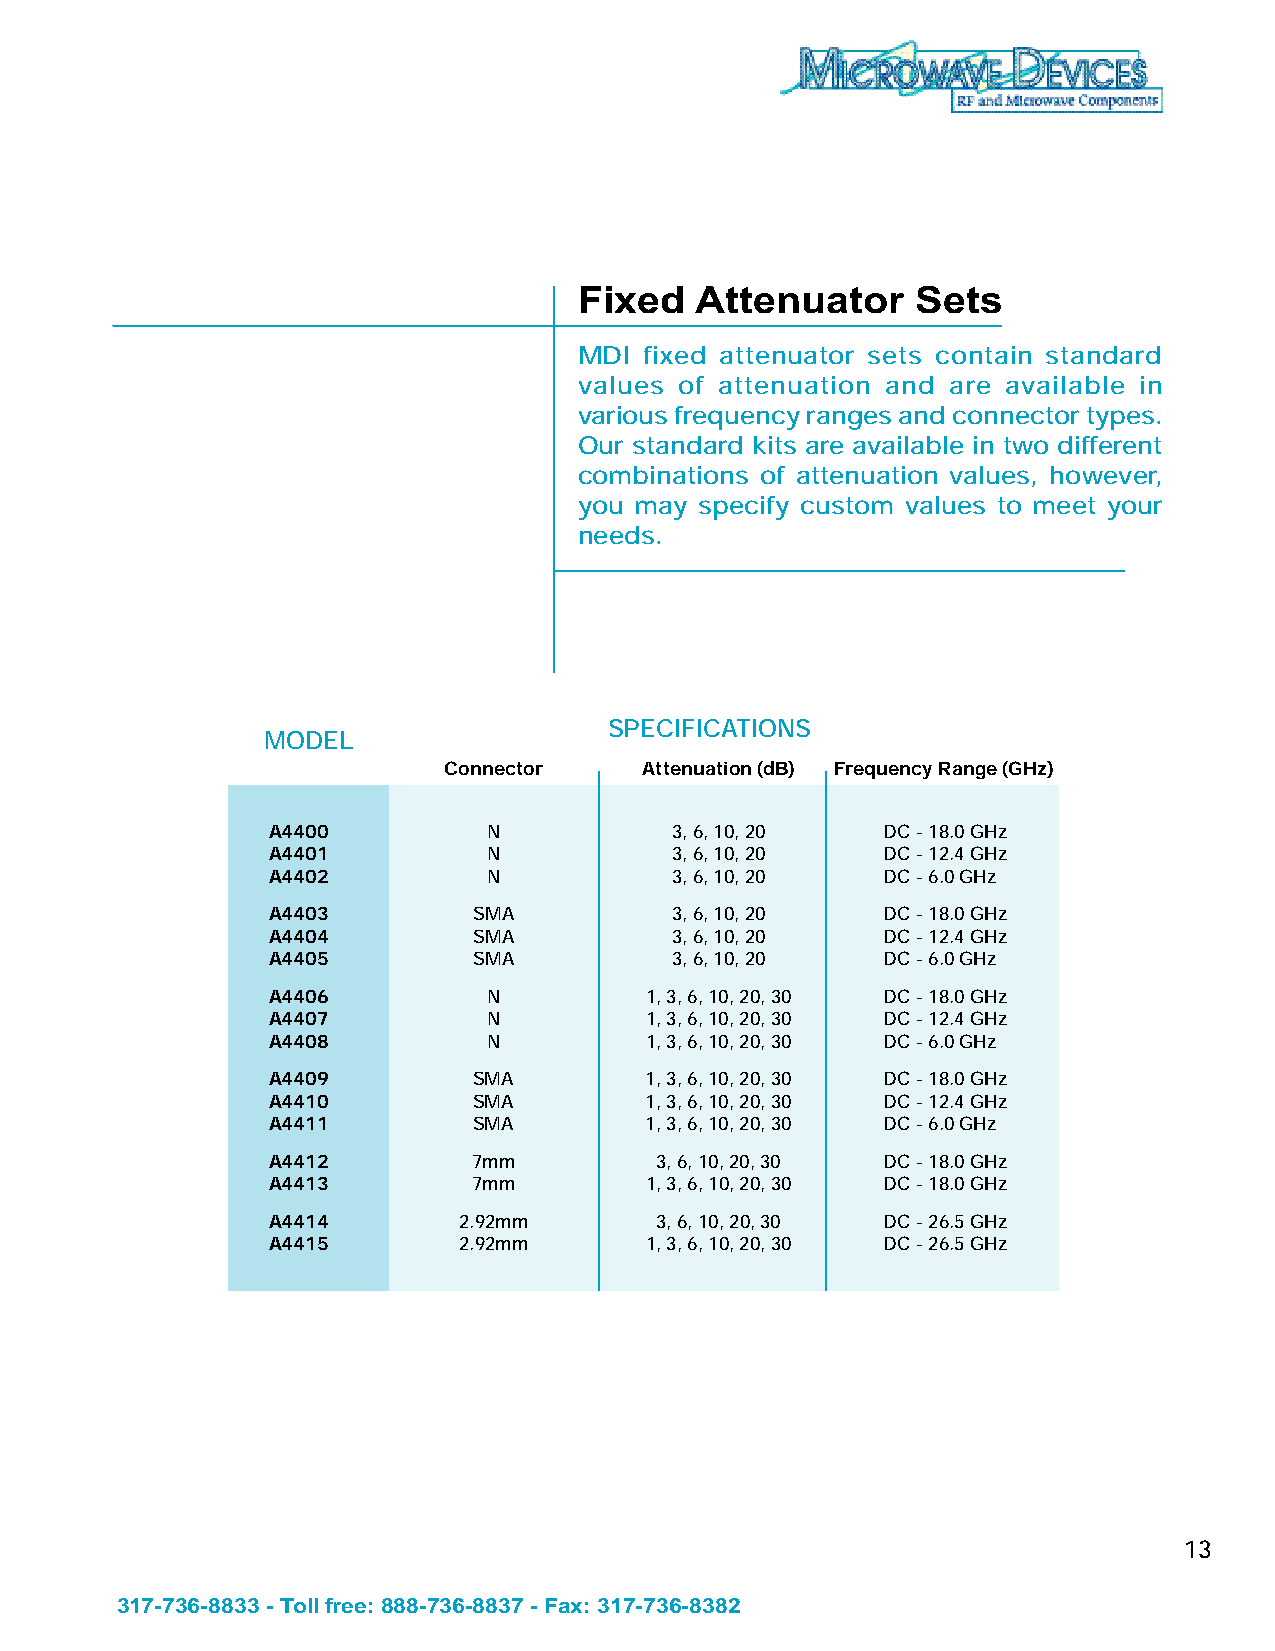
Fixed   Attenuator     Sets
 MDI  fixed attenuator sets contain standard
 values of attenuation and are available in
 various frequency ranges and connector types.
 Our standard kits are available in two different
 combinations of attenuation values, however,
 you may specify custom values to meet your
 needs.
 SPECIFICATIONS
 MODEL
 Connector     Attenuation (dB) Frequency Range (GHz)
 A4400         N           3, 6, 10, 20  DC - 18.0 GHz
 A4401         N           3, 6, 10, 20  DC - 12.4 GHz
 A4402         N           3, 6, 10, 20  DC - 6.0 GHz
 A4403        SMA          3, 6, 10, 20  DC - 18.0 GHz
 A4404        SMA          3, 6, 10, 20  DC - 12.4 GHz
 A4405        SMA          3, 6, 10, 20  DC - 6.0 GHz
 A4406         N          1, 3, 6, 10, 20, 30 DC - 18.0 GHz
 A4407         N          1, 3, 6, 10, 20, 30 DC - 12.4 GHz
 A4408         N          1, 3, 6, 10, 20, 30 DC - 6.0 GHz
 A4409        SMA         1, 3, 6, 10, 20, 30 DC - 18.0 GHz
 A4410        SMA         1, 3, 6, 10, 20, 30 DC - 12.4 GHz
 A4411        SMA         1, 3, 6, 10, 20, 30 DC - 6.0 GHz
 A4412        7mm         3, 6, 10, 20, 30 DC - 18.0 GHz
 A4413        7mm         1, 3, 6, 10, 20, 30 DC - 18.0 GHz
 A4414       2.92mm       3, 6, 10, 20, 30 DC - 26.5 GHz
 A4415       2.92mm       1, 3, 6, 10, 20, 30 DC - 26.5 GHz
 13
 317-736-8833 - Toll free: 888-736-8837 - Fax: 317-736-8382